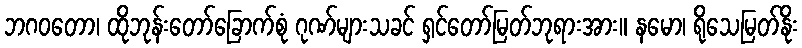
ဘဂဝတော၊ ထိုဘုန်းတော်ခြောက်စုံ ဂုဏ်များသခင် ရှင်တော်မြတ်ဘုရားအား။ နမော၊ ရိုသေမြတ်နိုး